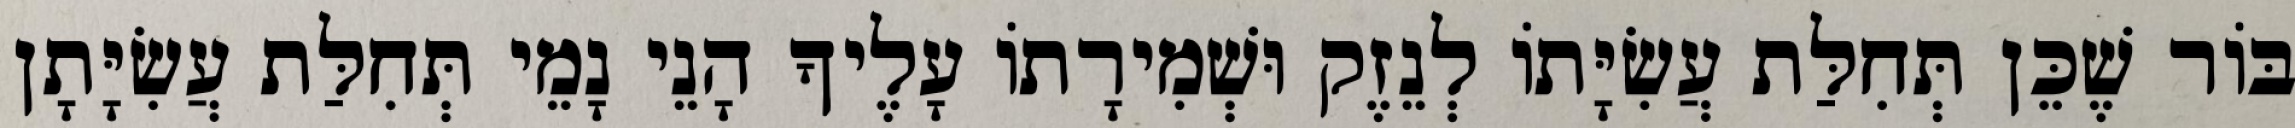
בּוֹר שֶׁכֵּן תְּחִלַּת עֲשִׂיָּתוֹ לְנֵזֶק וּשְׁמִירָתוֹ עָלֶיךָ הָנֵי נָמֵי תְּחִלַּת עֲשִׂיָּתָן